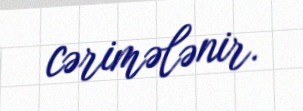
cərimələnir.